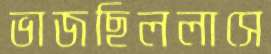
ভাজছিললাসে